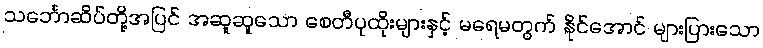
သင်္ဘောဆိပ်တို့အပြင် အဆူဆူသော စေတီပုထိုးများနှင့် မရေမတွက် နိုင်အောင် များပြားသော